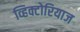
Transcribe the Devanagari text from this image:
व्हिक्टोरियाज